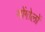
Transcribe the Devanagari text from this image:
मोंगोलों